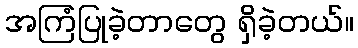
အကြံပြုခဲ့တာတွေ ရှိခဲ့တယ်။